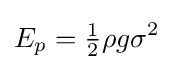
E_{p}={\tfrac {1}{2}}\rho g\sigma ^{2}